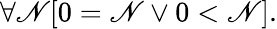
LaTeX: \forall\mathscr{N}[0=\mathscr{N}\lor0<\mathscr{N}].